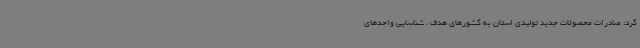
کرد: صادرات محصولات جدید تولیدی استان به کشورهای هدف ، شناسایی واحدهای